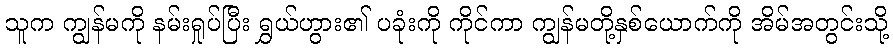
သူက ကျွန်မကို နမ်းရှုပ်ပြီး ရွှယ်ဟွား၏ ပခုံးကို ကိုင်ကာ ကျွန်မတို့နှစ်ယောက်ကို အိမ်အတွင်းသို့